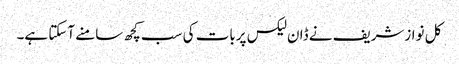
کل نوازشریف نے ڈان لیکس پربات کی سب کچھ سامنے آسکتا ہے۔